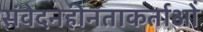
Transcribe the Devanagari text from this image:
संवेदनहीनताकर्ताओं